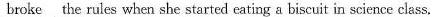
\underline{broke} the rules when she started eating a biscuit in science class.